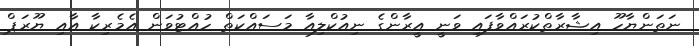
ނަތަންޔާހޫ އިޝާރާތްކުރައްވާފައި ވަނީ އީރާންގެ ނިއުކްލިއާ މަސައްކަތް ހުއްޓުވަން އެމެރިކާ އާއި ޔޫރަޕް